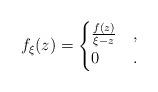
LaTeX: \begin{align*}f_\xi(z) = \begin{cases}\frac{f(z)}{\xi - z} & ,\\0 & .\end{cases}\end{align*}